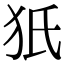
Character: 㹝